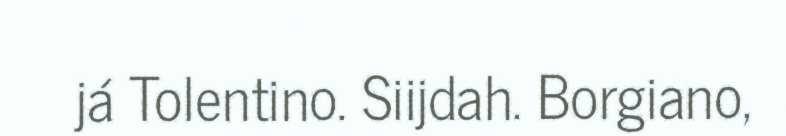
já Tolentino. Siijdah. Borgiano,